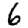
Digit: 6